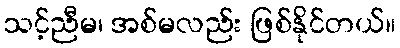
သင့်ညီမ၊ အစ်မလည်း ဖြစ်နိုင်တယ်။